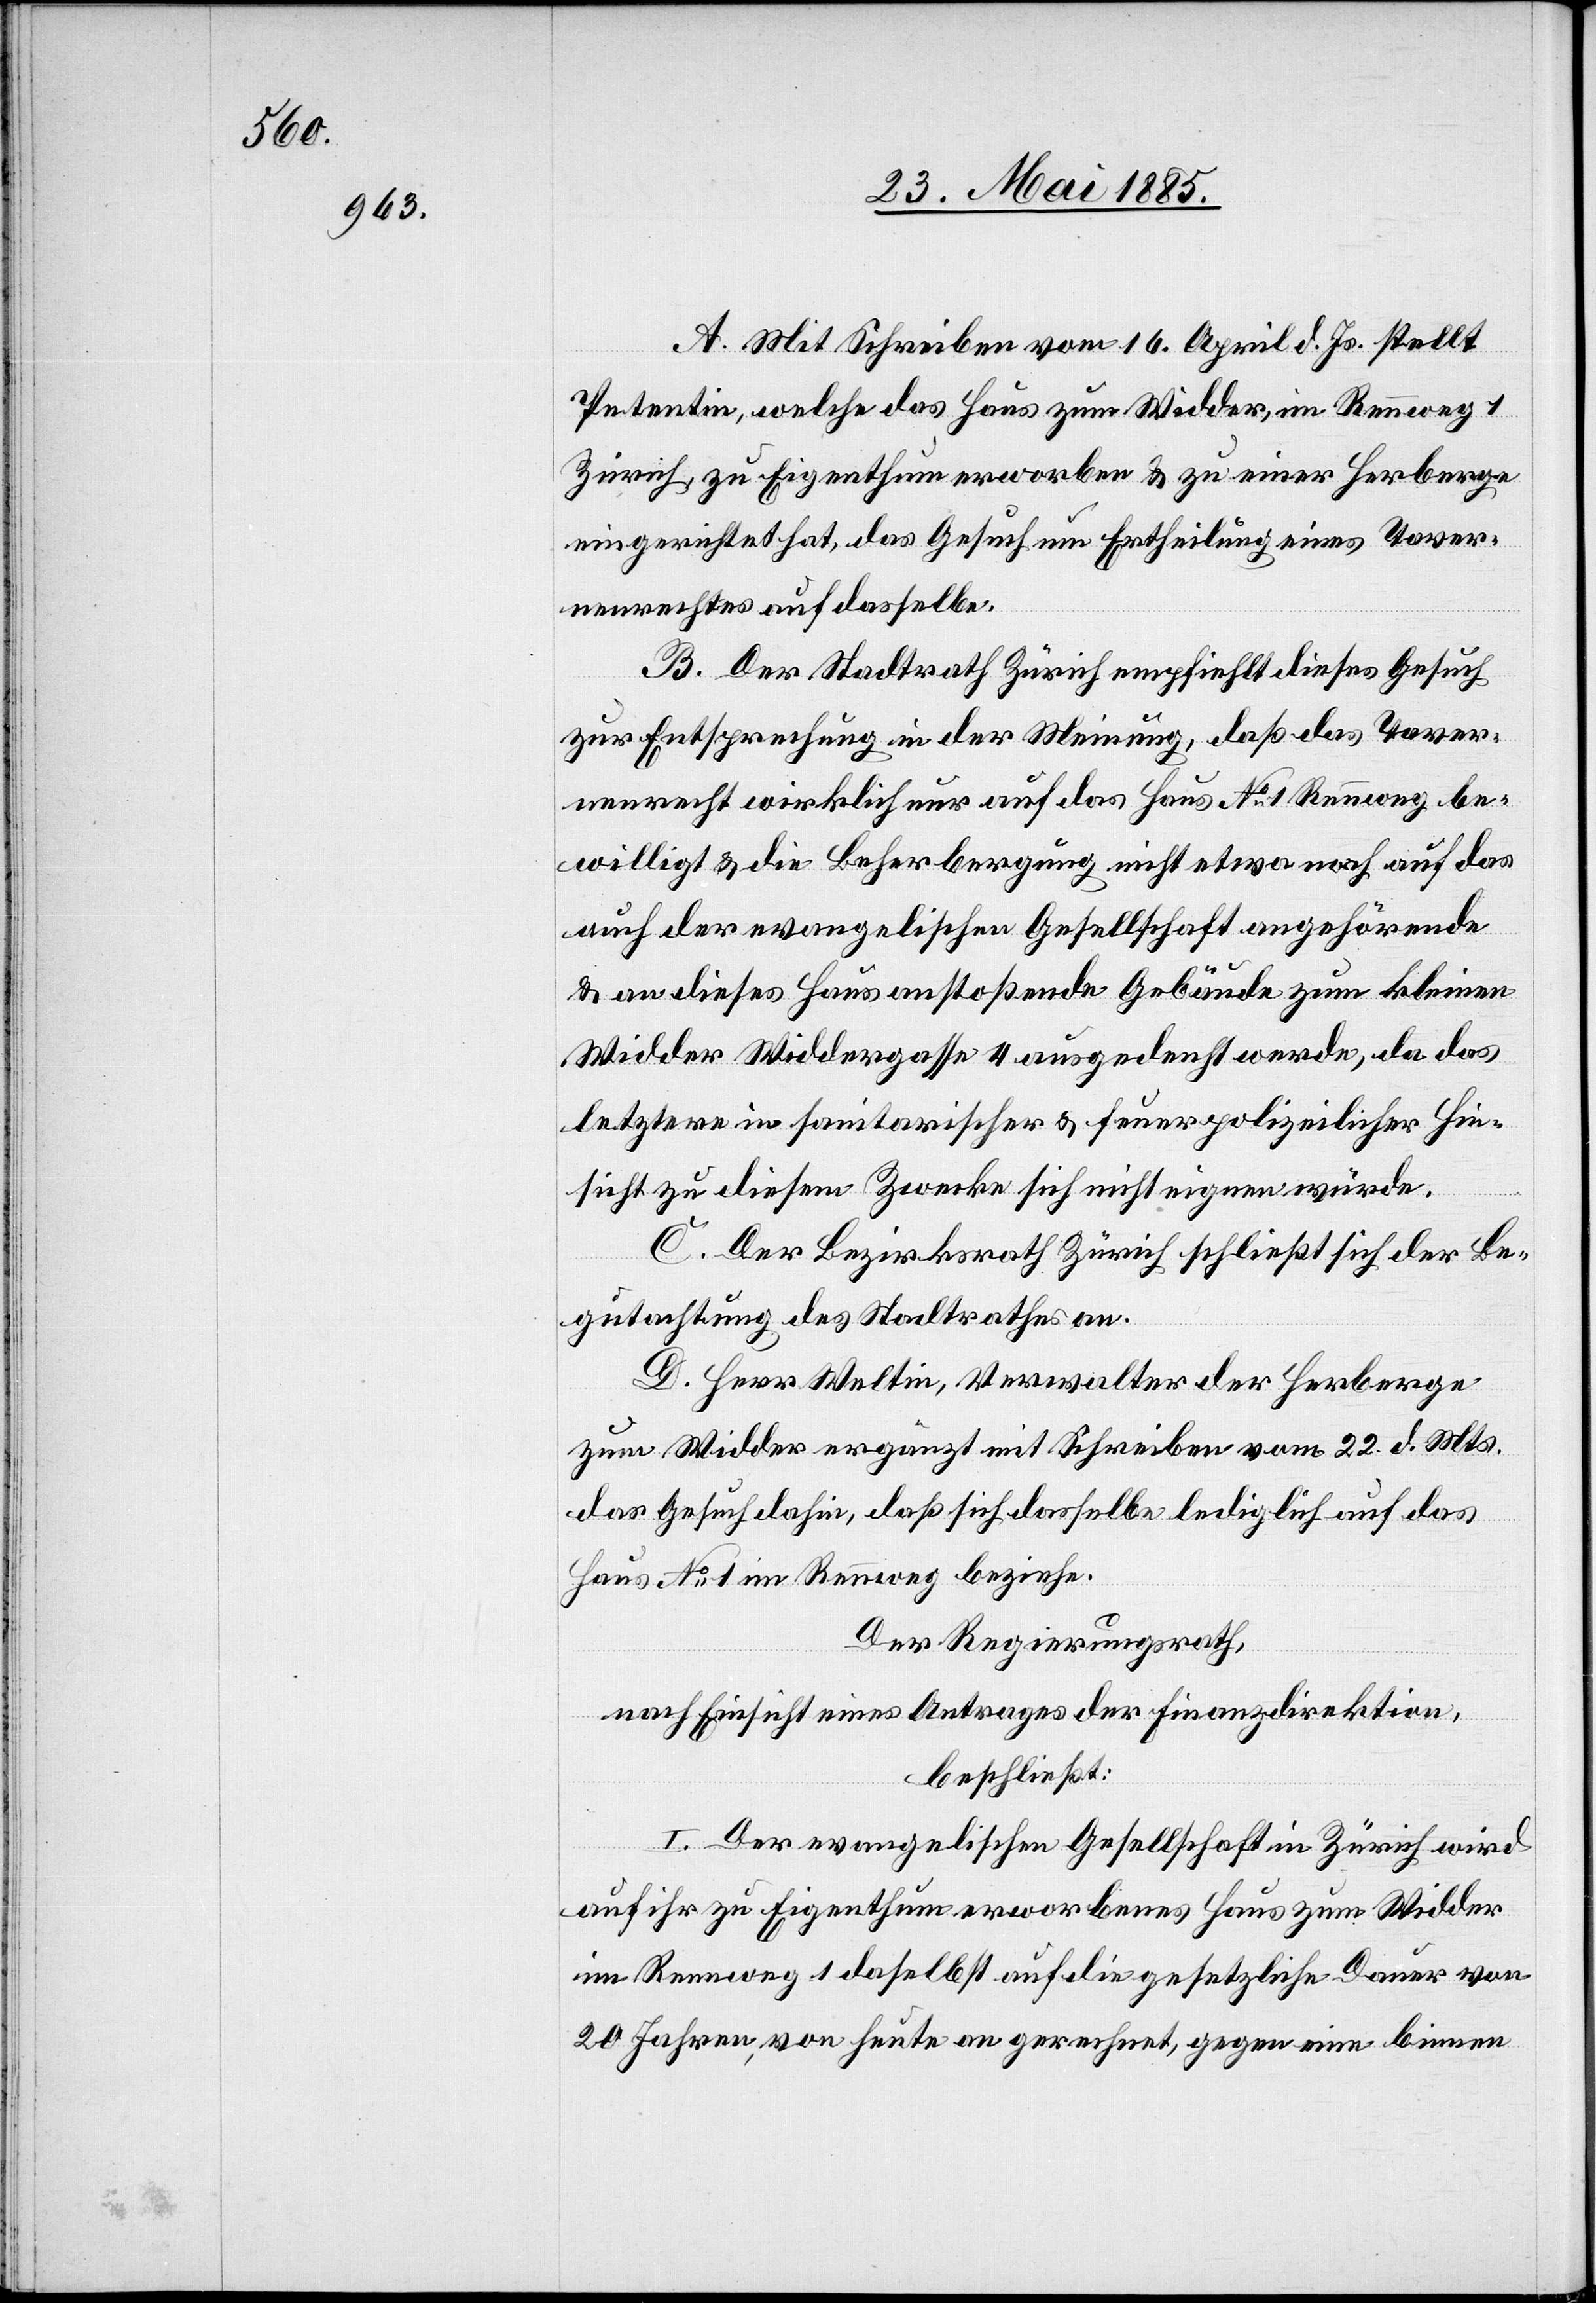
A. Mit Schreiben vom 16. April d. Js. stellt
Petentin, welche das Haus zum Widder, im Rennweg 1
Zürich, zu Eigenthum erworben & zu einer Herberge
eingerichtet hat, das Gesuch um Ertheilung eines Taver¬
nenrechtes auf dasselbe.
B. Der Stadtrath Zürich empfiehlt dieses Gesuch
zur Entsprechung in der Meinung, daß das Taver¬
nenrecht wirklich nur auf das Haus No 1 Rennweg be¬
willigt & die Beherbergung nicht etwa noch auf das
auch der evangelischen Gesellschaft angehörende
& an dieses Haus anstoßende Gebäude zum kleinen
Widder Widdergasse 4 ausgedehnt werde, da das
letztere in sanitarischer & feuerpolizeilicher Hin¬
sicht zu diesem Zwecke sich nicht eignen würde.
C. Der Bezirksrath Zürich schließt sich der Be¬
gutachtung des Stadtrathes an.
D. Herr Weltin, Verwalter der Herberge
zum Widder ergänzt mit Schreiben vom 22. d. Mts.
das Gesuch dahin, daß sich dasselbe lediglich auf das
Haus No 1 im Rennweg beziehe.
Der Regierungsrath,
nach Einsicht eines Antrages der Finanzdirektion,
beschließt:
I. Der evangelischen Gesellschaft in Zürich wird
auf ihr zu Eigenthum erworbenes Haus zum Widder
im Rennweg 1 daselbst auf die gesetzliche Dauer von
20 Jahren, von heute an gerechnet, gegen eine binnen